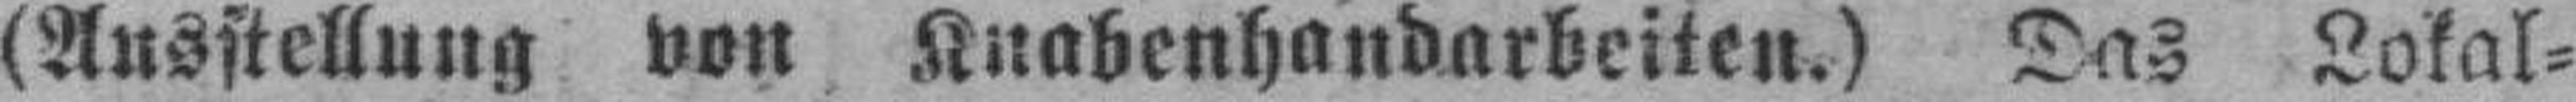
(Ausstellung von Knabenhandarbeiten.) Das Lokal¬